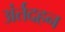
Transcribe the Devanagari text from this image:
अंर्तदहन